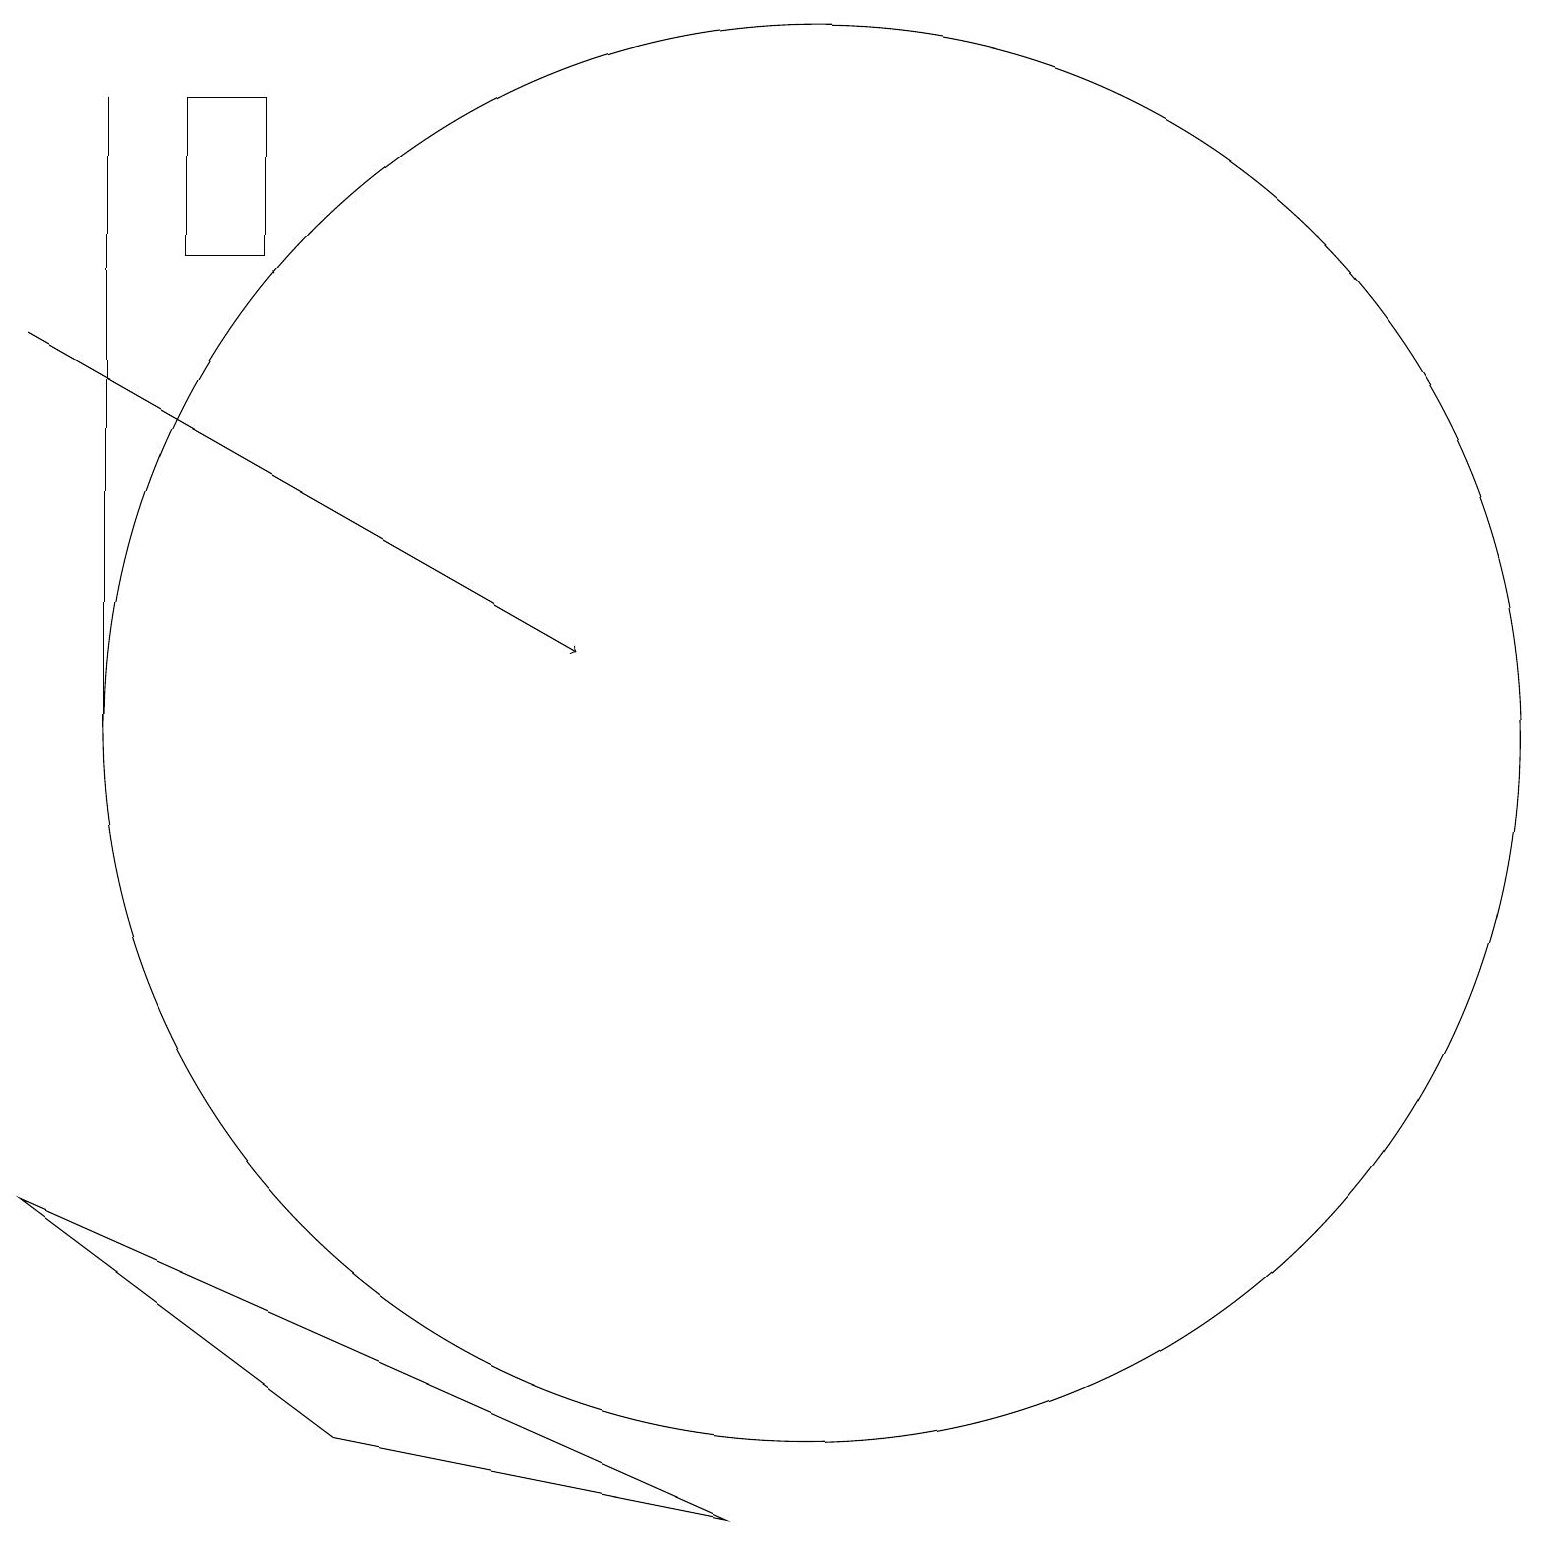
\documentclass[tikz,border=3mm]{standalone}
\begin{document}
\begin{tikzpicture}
\draw (1,18) rectangle (1,10);
\draw[->] (0,15) -- (7,11);
\draw (3,18) rectangle (2,16);
\draw (10,10) circle (9);
\draw (9,0) -- (0,4) -- (4,1) -- cycle;
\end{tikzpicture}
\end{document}